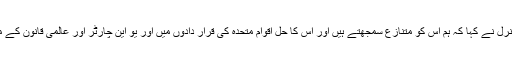
شاہ محمود قریشی نے کہا کہ ‘اقوام متحدہ کے سیکریٹری جنرل نے کہا کہ ہم اس کو متنازع سمجھتے ہیں اور اس کا حل اقوام متحدہ کی قرار دادوں میں اور یو این چارٹر اور عالمی قانون کے مطابق ہونا چاہیے یہ پاکستان کی بڑی سفارتی کامیابی ہے’۔